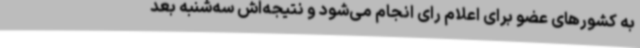
به کشورهای عضو برای اعلام رای انجام می‌شود و نتیجه‌اش سه‌شنبه بعد